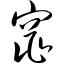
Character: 窕